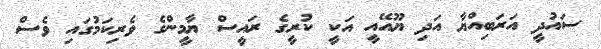
ސައުދީ އަރަބިއްޔާ އަދި ޔޫއޭއީ އަކީ ކުރީގެ ރައީސް ޔާމީންގެ ވެރިކަމުގައި ވެސް